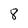
Character: 8